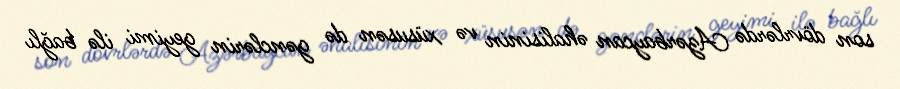
son dövrlərdə Azərbaycan əhalisinin və xüsusən də gənclərin geyimi ilə bağlı